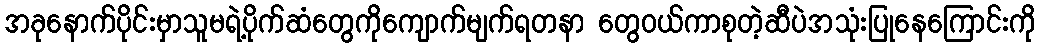
အခုနောက်ပိုင်းမှာသူမရဲ့ပိုက်ဆံတွေကိုကျောက်မျက်ရတနာ တွေဝယ်ကာစုတဲ့ဆီပဲအသုံးပြုနေကြောင်းကို